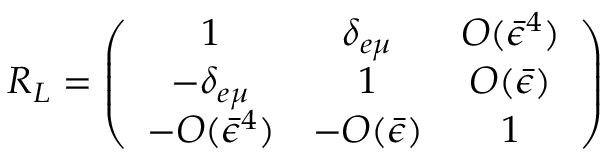
R _ { L } = \left( \begin{array} { c c c } { { 1 } } & { { \delta _ { e \mu } } } & { { O ( \bar { \epsilon } ^ { 4 } ) } } \\ { { - \delta _ { e \mu } } } & { { 1 } } & { { O ( \bar { \epsilon } ) } } \\ { { - O ( \bar { \epsilon } ^ { 4 } ) } } & { { - O ( \bar { \epsilon } ) } } & { { 1 } } \end{array} \right)